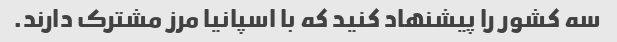
سه کشور را پیشنهاد کنید که با اسپانیا مرز مشترک دارند.